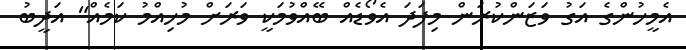
އެމީހުންގެ އަގު ވަޒަންކުރަން މިފަދަ އެވޯޑެއް ބޭއްވުމަކީ ވަރަށް މުހިއްމު ކަމެއް" އަދީބު